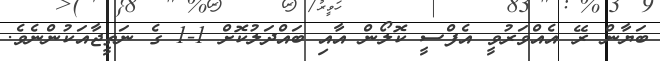
ބަޔާން ރޭ އެއްވަރުވީ އެފްސީ ކޮލޯން އާއި ބައްދަލުކޮށް 1-1 ގެ ނަތީޖާއަކުންނެވެ.